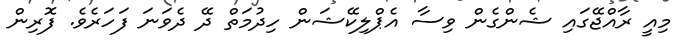
މިއީ ރާއްޖޭގައި ޝެންގެން ވިސާ އެޕްލިކޭޝަން ހިދުމަތް ދޭ ދެވަނަ ފަހަރެވެ. ފޮރިން